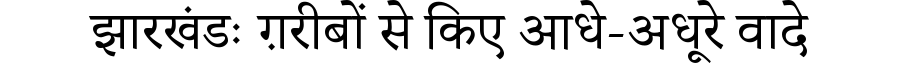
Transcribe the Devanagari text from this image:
झारखंडः ग़रीबों से किए आधे-अधूरे वादे